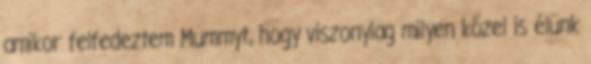
amikor felfedeztem Mummyt, hogy viszonylag milyen közel is élünk